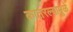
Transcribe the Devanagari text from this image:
कातरल्यामुळे